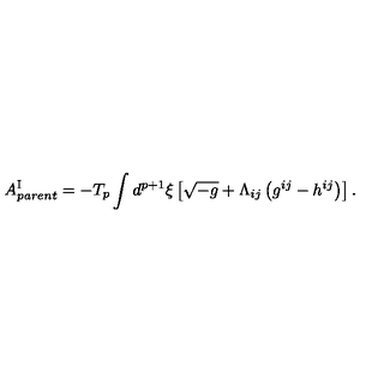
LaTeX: A _ { p a r e n t } ^ { \mathrm { I } } = - T _ { p } \int d ^ { p + 1 } { \xi } \left[ \sqrt { - g } + { \Lambda } _ { i j } \left( g ^ { i j } - h ^ { i j } \right) \right] .